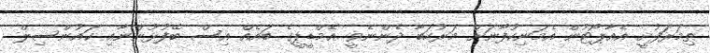
ތިމަރަފުށީ އެއާޕޯޓުން އެމަނިކުފާނަށް މަރުހަބާ ދެންނެވީ އެމްޑީޕީގެ ބައެއް އިސް ބޭފުޅުންނާއި ކައުންސިލް